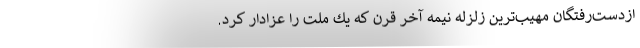
ازدست‌رفتگان مهيب‌ترين زلزله‌ نيمه آخر قرن كه يك ملت را عزادار كرد.